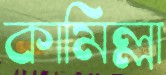
কামিল্লা